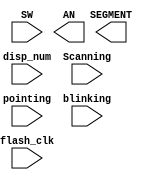
module seven_seg_dev(
		input [31:0] disp_num,	// U5
		input [1:0] SW,	// U9
		input flash_clk,	// 
		input [1:0] Scanning,	// U8
		input [3:0] pointing,	// U5
		input [3:0] blinking,	// U5
		output [3:0] AN,
		output reg [7:0] SEGMENT	// U5
	);
endmodule